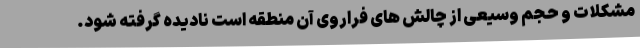
مشکلات و حجم وسیعی از چالش های فراروی آن منطقه است نادیده گرفته شود.